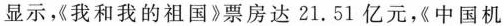
显示，我和我的祖国》票房达21.51亿元，《中国机